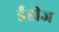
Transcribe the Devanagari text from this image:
ईंडीज